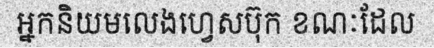
អ្នកនិយមលេងហ្វេសប៊ុក ខណៈដែល